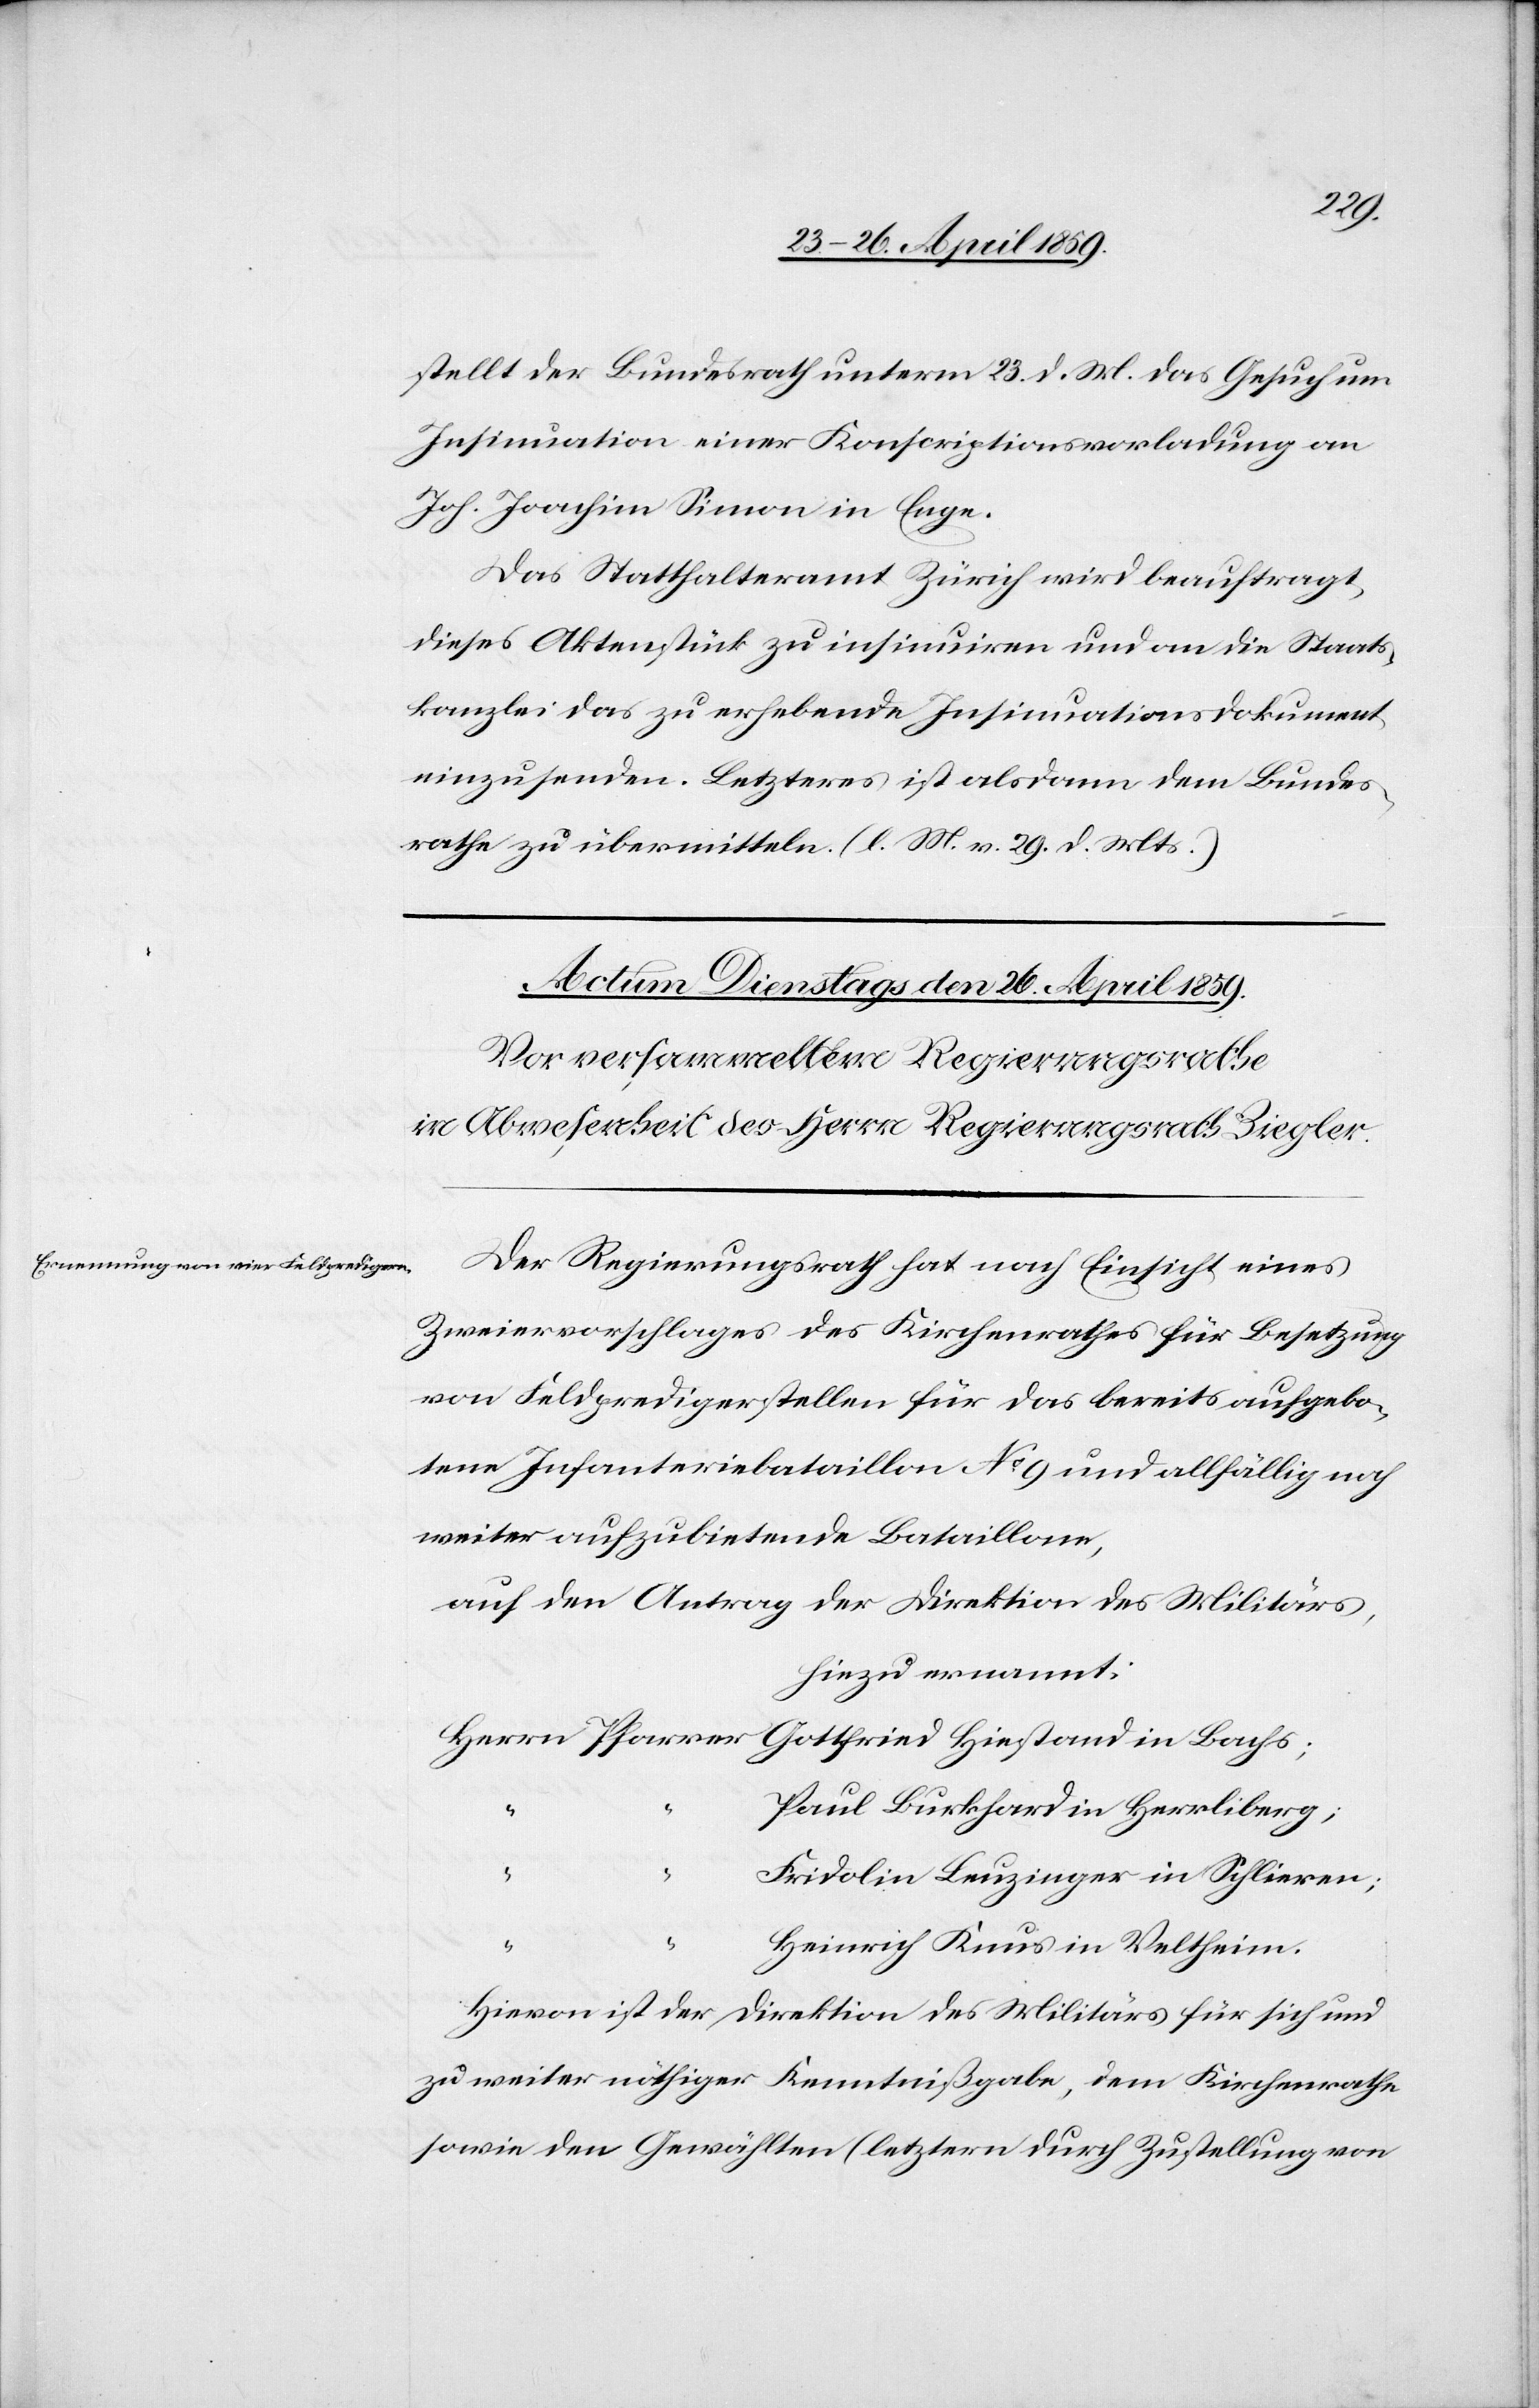
stellt der Bundesrath unterm 23. d. M. das Gesuch um
Insinuation einer Konscriptionsvorladung an
Joh. Joachim Simon in Enge.
Das Statthalteramt Zürich wird beauftragt,
dieses Aktenstück zu insinuiren und an die Staats¬
kanzlei das zu erhebende Insinuationsdokument
einzusenden. Letzteres ist alsdann dem Bundes¬
rathe zu übermitteln. (l. M. v. 29. d. Mts.)
Der Regierungsrath hat nach Einsicht eines
Zweiervorschlages des Kirchenrathes für Besetzung
von Feldpredigerstellen für das bereits aufgebo¬
tene Infanteriebataillon No 9 und allfällig noch
weiter aufzubietende Bataillone,
auf den Antrag der Direktion des Militärs,
hiezu ernannt:
Herrn Pfarrer
Gottfried Hiestand in Bachs;
Paul Burkhard in Herrliberg;
“
“
Fridolin Benzinger in Schlieren;
“
“
Heinrich Knus in Veltheim.
Hievon ist der Direktion des Militärs für sich und
zu weiter nöthiger Kenntnißgabe, dem Kirchenrathe
sowie den Gewählten (letztern durch Zustellung von